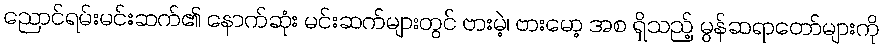
ညောင်ရမ်းမင်းဆက်၏ နောက်ဆုံး မင်းဆက်များတွင် ဗားမဲ့၊ ဗားမော့ အစ ရှိသည့် မွန်ဆရာတော်များကို